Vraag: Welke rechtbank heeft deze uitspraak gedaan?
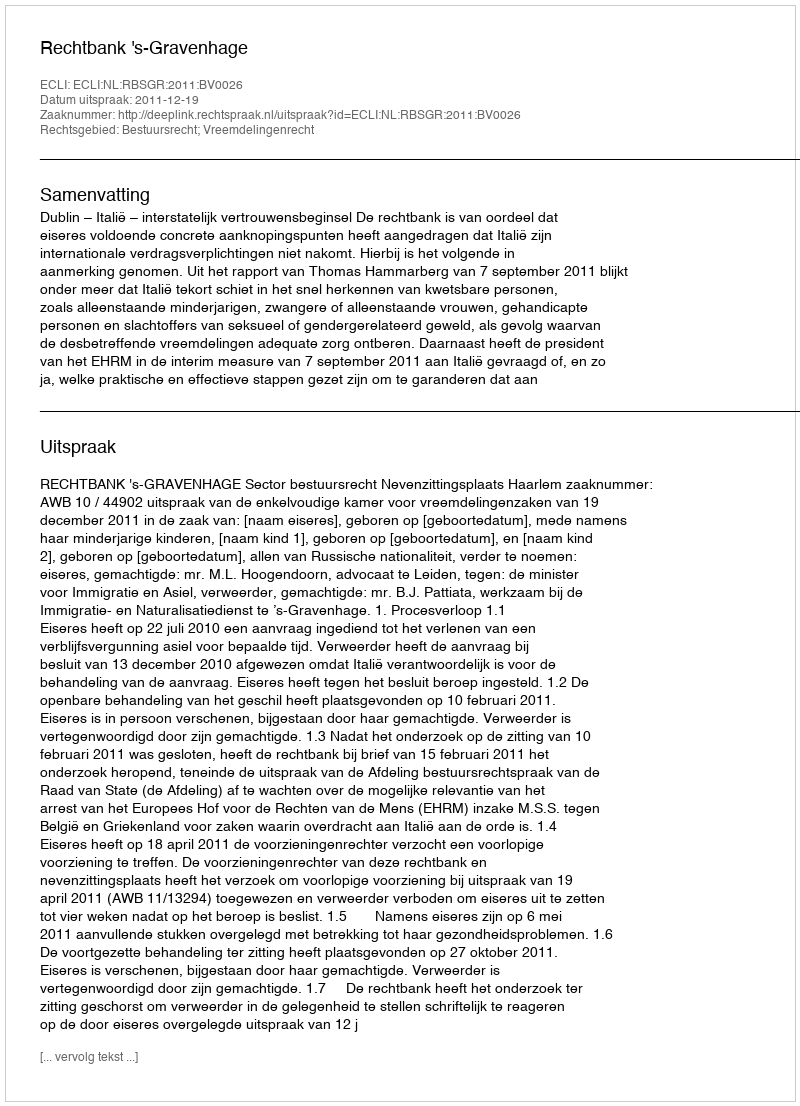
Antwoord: Rechtbank 's-Gravenhage